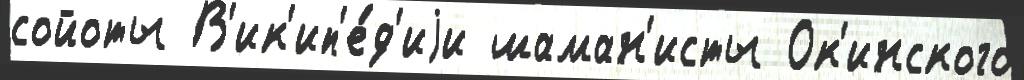
сойоты В'ик'ип'е́д'иjи шаман'исты Ок'инского